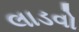
લાડવો